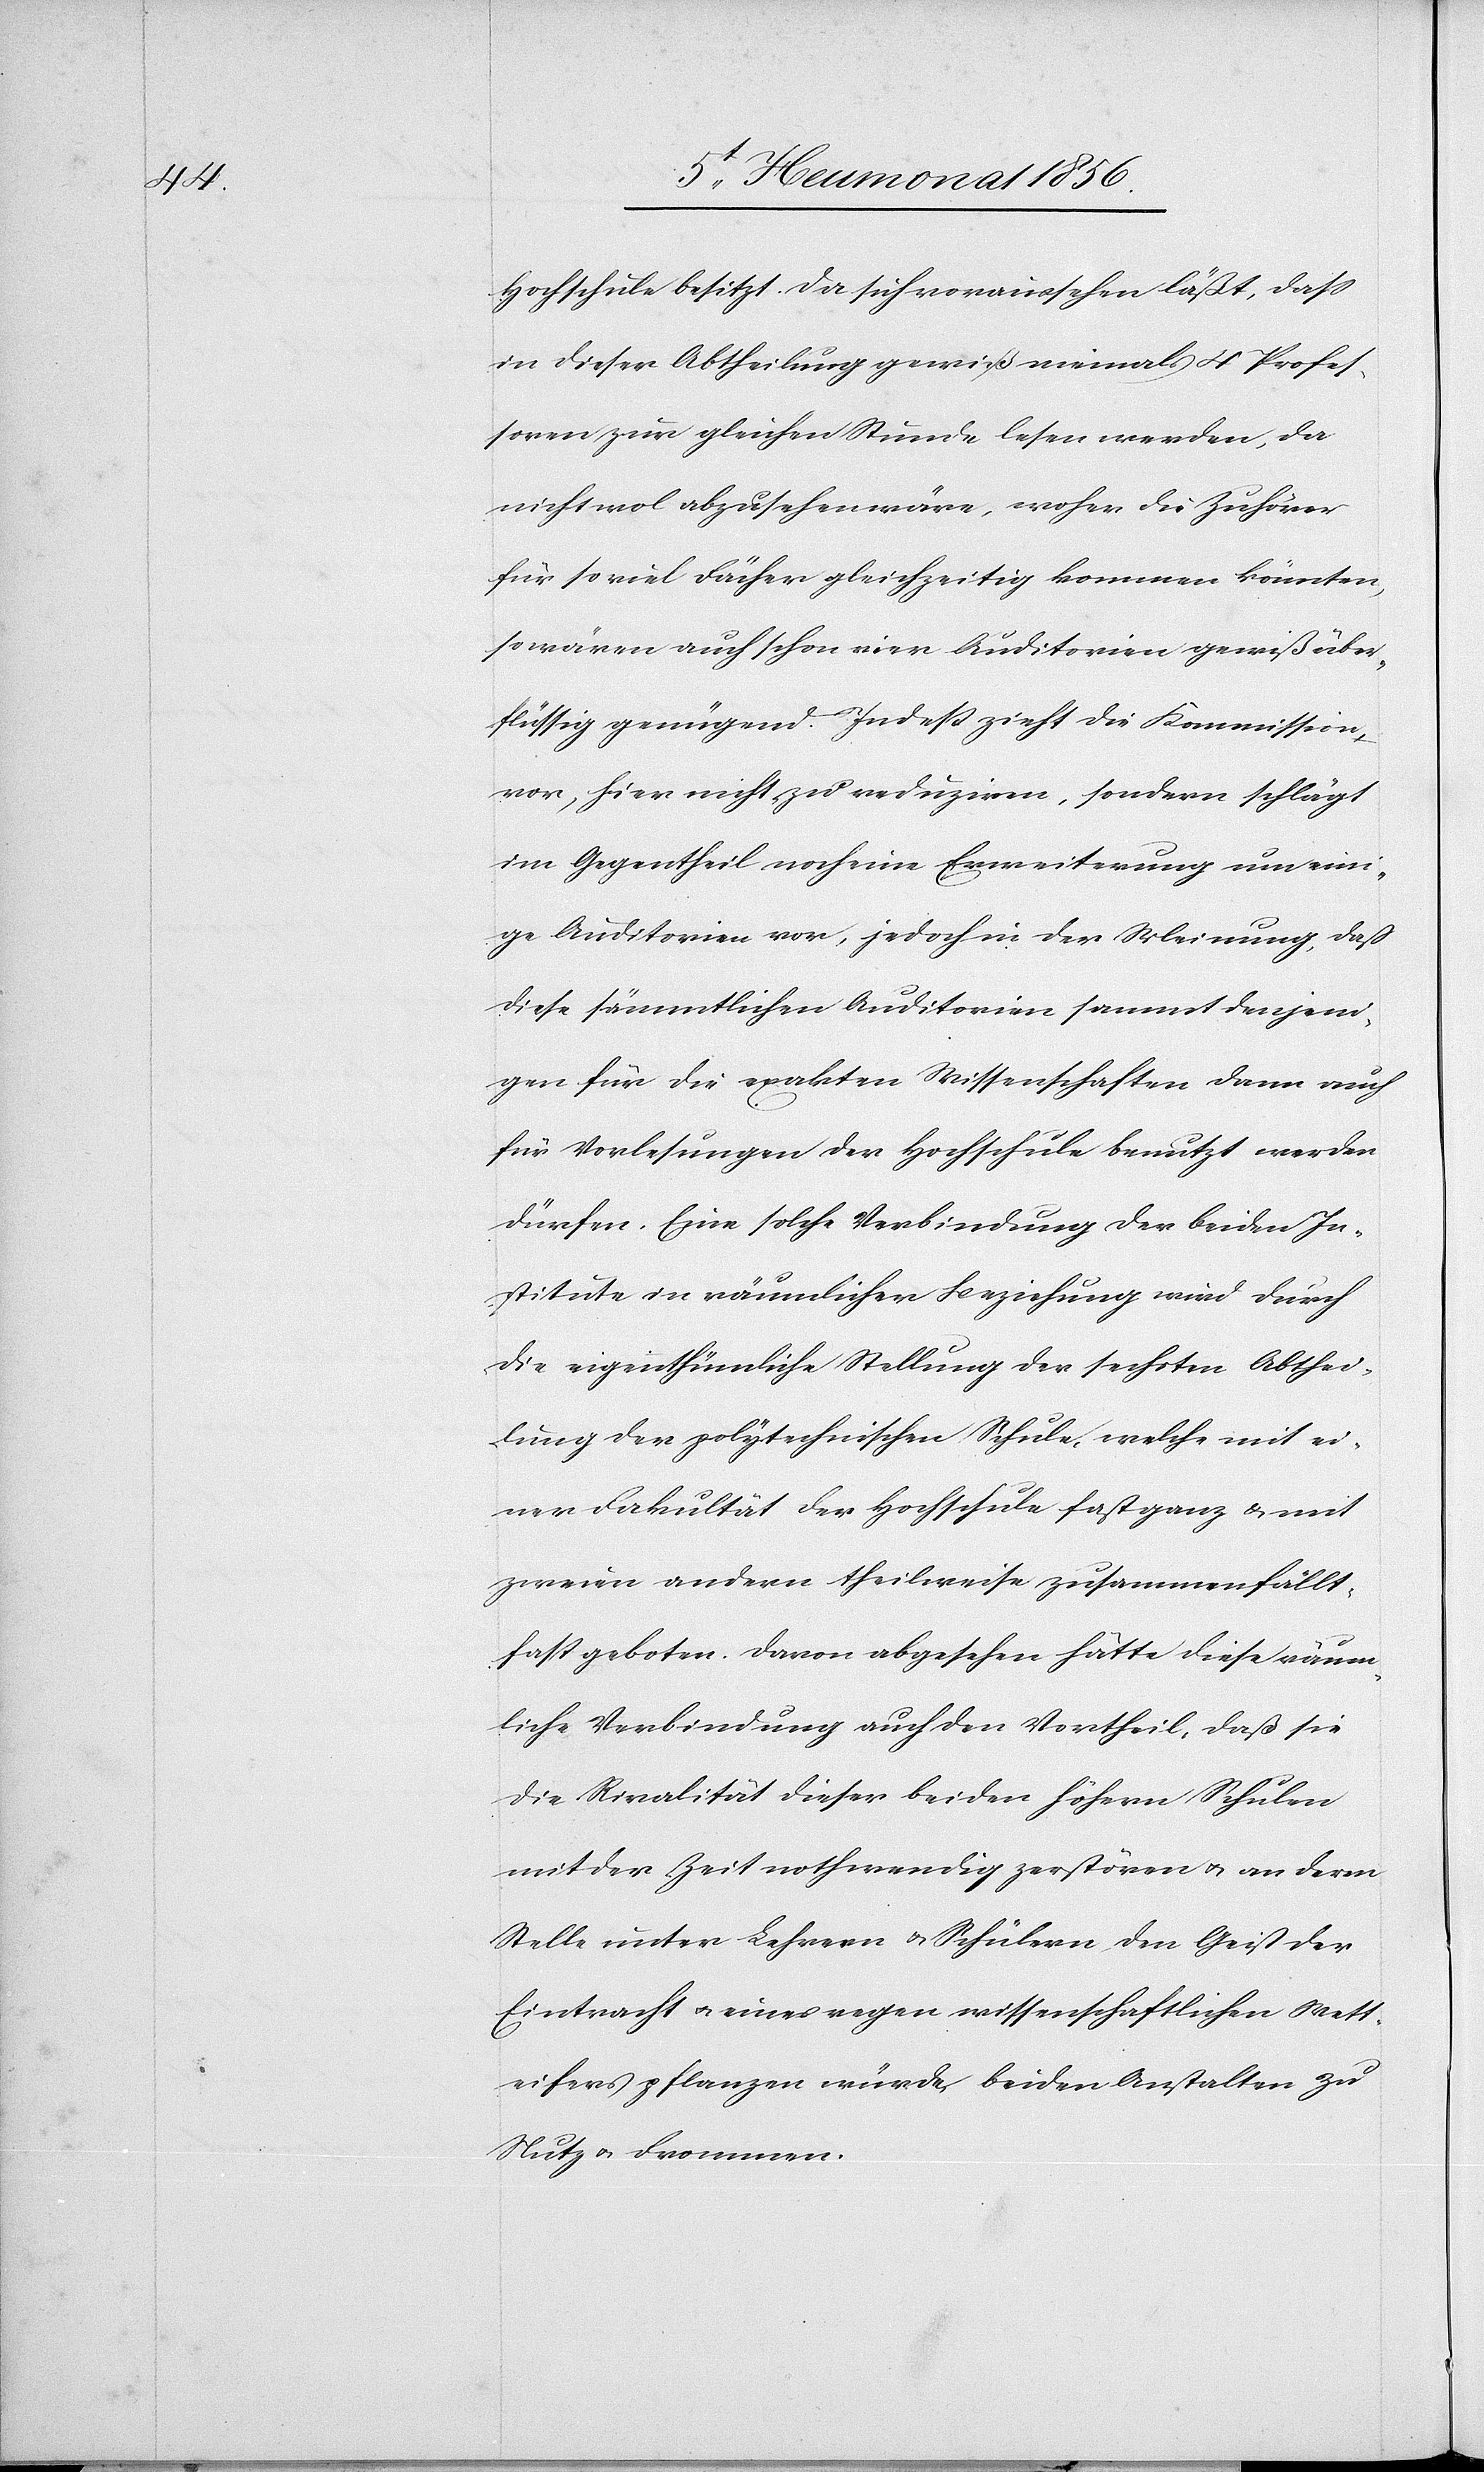
Hochschule besitzt. Da sich voraussehen läßt, dass
in dieser Abtheilung gewiß niemals 4 Profes¬
soren zur gleichen Stunde lesen werden, da
nicht wol abzusehen wäre, woher die Zuhörer
für so viel Fächer gleichzeitig kommen könnten,
so wären auch schon vier Auditorien gewiß über¬
flüssig genügend. Indess zieht die Kommission
vor, hier nicht zu reduziren, sondern schlägt
im Gegentheil noch eine Erweiterung um eini¬
ge Auditorien vor, jedoch in der Meinung, daß
diese sämmtlichen Auditorien sammt denjeni¬
gen für die exakten Wissenschaften dann auch
für Vorlesungen der Hochschule benutzt werden
dürfen. Eine solche Verbindung der beiden In¬
stitute in räumlicher Beziehung wird durch
die eigenthümliche Stellung der sechsten Abthei¬
lung der polytechnischen Schule, welche mit ei¬
ner Fakultät der Hochschule fast ganz & mit
zweien andern theilweise zusammenfällt,
fast geboten. Davon abgesehen hätte diese räum¬
liche Verbindung auch den Vortheil, daß sie
die Rivalität dieser beiden höhern Schulen
mit der Zeit nothwendig zerstören u. an deren
Stelle unter Lehrern u. Schülern den Geist der
Eintracht u. eines regen wissenschaftlichen Wett¬
eifers pflanzen würde, beiden Anstalten zu
Nutz u. Frommen.